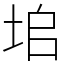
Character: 垖